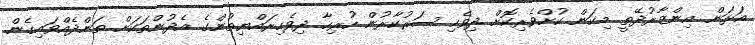
އަޅަން އިންޒާރުދޭތީ މިކަން ކުށްވެރިކޮށް ދިވެހި ސަރުކާރުން ހުރިހާ ދިވެހިރައްޔިތުންގެ އެދުންތަކަށް ތަންދެއްވައިގެން